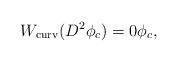
LaTeX: \begin{align*}W_{\rm curv}(D^2 \phi_c)=0 \phi_c,\end{align*}